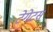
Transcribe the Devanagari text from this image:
टेगेटस